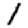
Digit: 1